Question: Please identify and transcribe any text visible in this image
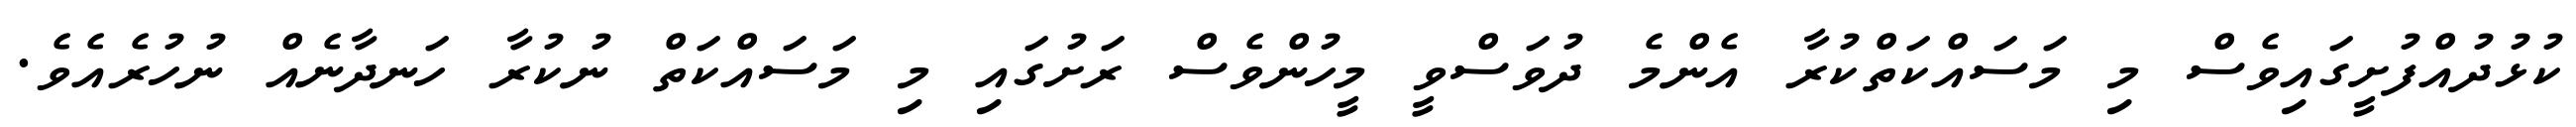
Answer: ކުޅުދުއްފުށީގައިވެސް މި މަސައްކަތްކުރާ އެންމެ ދުވަސްވީ މީހުންވެސް ރަށުގައި މި މަސައްކަތް ނުކުރާ ހަނދާނެއް ނުހުރެއެވެ.